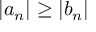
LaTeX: \left\vert a _ { n } \right\vert \geq \left\vert b _ { n } \right\vert